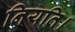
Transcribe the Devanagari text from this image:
नियति।